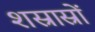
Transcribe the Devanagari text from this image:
शस्रास्रों